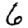
Digit: 6